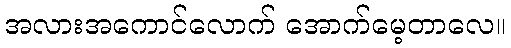
အလားအကောင်လောက် အောက်မေ့တာလေ။